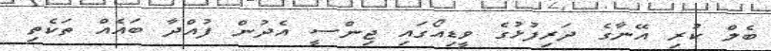
ބެލް ކުރި އޭނާގެ ދަރިފުޅުގެ ވީޑިއޯގައި ޖިންސީ އެދުން ފުއްދާ ބައެއް ތަކެތި